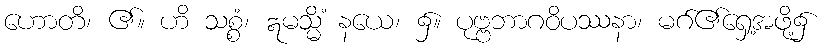
ဟောတိ၊ ၏။ ဟိ သစ္စံ၊ ဣမသ္မိံ နယေ၊ ၌။ ပုဗ္ဗဘာဂဝိပဿနာ၊ မဂ်၏ရှေ့အဖို့၌